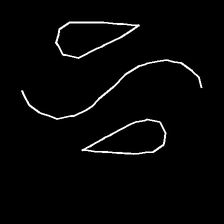
Glyph: water